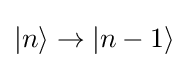
|n\rangle \to |n-1\rangle